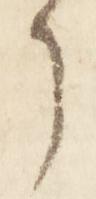
了